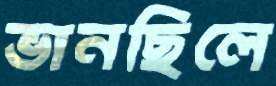
ভানছিলে